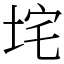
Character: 垞